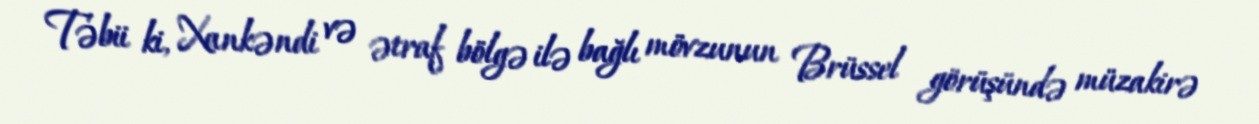
Təbii ki, Xankəndi və ətraf bölgə ilə bağlı mövzunun Brüssel görüşündə müzakirə